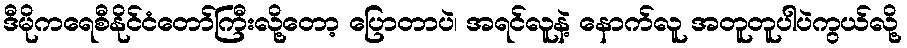
ဒီမိုကရေစီနိုင်ငံတော်ကြီးလို့တော့ ပြောတာပဲ၊ အရင်လူနဲ့ နောက်လူ အတူတူပါပဲကွယ်လို့